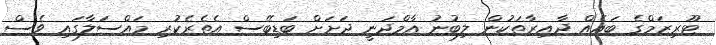
ޓޫރިޒަމްގެ ބައެއް ދާއިރާތަކުން ލިބުނު އާމްދަނީ ދަށަށް ބަޑިބޭސް އެތެރެކުރި މައްސަލާގައި ވެސް